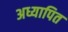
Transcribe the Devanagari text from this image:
अध्यापित